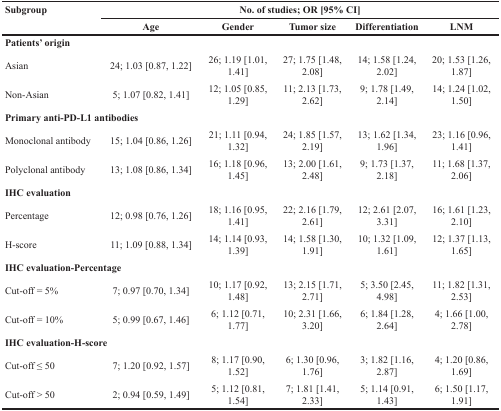
<table><thead><tr><td rowspan="2"><b>Subgroup</b></td><td colspan="5"><b>No. of studies; OR [95% CI]</b></td></tr><tr><td><b>Age</b></td><td><b>Gender</b></td><td><b>Tumor size</b></td><td><b>Differentiation</b></td><td><b>LNM</b></td></tr></thead><tbody><tr><td colspan="6"><b>Patients&#x27; origin</b></td></tr><tr><td>Asian</td><td>24; 1.03 [0.87, 1.22]</td><td>26; 1.19 [1.01, 1.41]</td><td>27; 1.75 [1.48, 2.08]</td><td>14; 1.58 [1.24, 2.02]</td><td>20; 1.53 [1.26, 1.87]</td></tr><tr><td>Non-Asian</td><td>5; 1.07 [0.82, 1.41]</td><td>12; 1.05 [0.85, 1.29]</td><td>11; 2.13 [1.73, 2.62]</td><td>9; 1.78 [1.49, 2.14]</td><td>14; 1.24 [1.02, 1.50]</td></tr><tr><td colspan="6"><b>Primary anti-PD-L1 antibodies</b></td></tr><tr><td>Monoclonal antibody</td><td>15; 1.04 [0.86, 1.26]</td><td>21; 1.11 [0.94, 1.32]</td><td>24; 1.85 [1.57, 2.19]</td><td>13; 1.62 [1.34, 1.96]</td><td>23; 1.16 [0.96, 1.41]</td></tr><tr><td>Polyclonal antibody</td><td>13; 1.08 [0.86, 1.34]</td><td>16; 1.18 [0.96, 1.45]</td><td>13; 2.00 [1.61, 2.48]</td><td>9; 1.73 [1.37, 2.18]</td><td>11; 1.68 [1.37, 2.06]</td></tr><tr><td colspan="6"><b>IHC evaluation</b></td></tr><tr><td>Percentage</td><td>12; 0.98 [0.76, 1.26]</td><td>18; 1.16 [0.95, 1.41]</td><td>22; 2.16 [1.79, 2.61]</td><td>12; 2.61 [2.07, 3.31]</td><td>16; 1.61 [1.23, 2.10]</td></tr><tr><td>H-score</td><td>11; 1.09 [0.88, 1.34]</td><td>14; 1.14 [0.93, 1.39]</td><td>14; 1.58 [1.30, 1.91]</td><td>10; 1.32 [1.09, 1.61]</td><td>12; 1.37 [1.13, 1.65]</td></tr><tr><td colspan="6"><b>IHC evaluation-Percentage</b></td></tr><tr><td>Cut-off = 5%</td><td>7; 0.97 [0.70, 1.34]</td><td>10; 1.17 [0.92, 1.48]</td><td>13; 2.15 [1.71, 2.71]</td><td>5; 3.50 [2.45, 4.98]</td><td>11; 1.82 [1.31, 2.53]</td></tr><tr><td>Cut-off = 10%</td><td>5; 0.99 [0.67, 1.46]</td><td>6; 1.12 [0.71, 1.77]</td><td>10; 2.31 [1.66, 3.20]</td><td>6; 1.84 [1.28, 2.64]</td><td>4; 1.66 [1.00, 2.78]</td></tr><tr><td colspan="6"><b>IHC evaluation-H-score</b></td></tr><tr><td>Cut-off ≤ 50</td><td>7; 1.20 [0.92, 1.57]</td><td>8; 1.17 [0.90, 1.52]</td><td>6; 1.30 [0.96, 1.76]</td><td>3; 1.82 [1.16, 2.87]</td><td>4; 1.20 [0.86, 1.69]</td></tr><tr><td>Cut-off &gt; 50</td><td>2; 0.94 [0.59, 1.49]</td><td>5; 1.12 [0.81, 1.54]</td><td>7; 1.81 [1.41, 2.33]</td><td>5; 1.14 [0.91, 1.43]</td><td>6; 1.50 [1.17, 1.91]</td></tr></tbody></table>